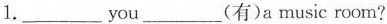
1.___you___(有)a music room?